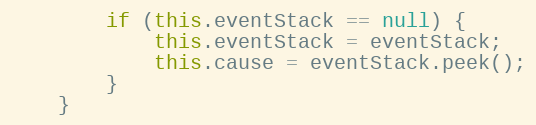
Language: Java
        if (this.eventStack == null) {
            this.eventStack = eventStack;
            this.cause = eventStack.peek();
        }
    }